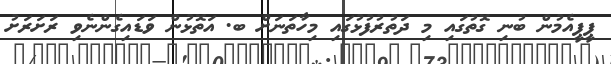
ޕީޕީއެމުން ބުނި ގޮތުގައި މި ދަތުރުފުޅުގައި މިހާތަނަށް ބ. އަތޮޅުން ވަޑައިގެންނެވި ރަށަރަށު